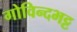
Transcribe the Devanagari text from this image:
गोविन्दभट्ट